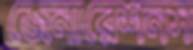
জেনারেশনস